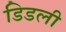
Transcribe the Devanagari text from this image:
डिडली